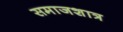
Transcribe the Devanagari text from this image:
समाजशात्र